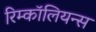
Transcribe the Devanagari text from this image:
रिम्कॉलियन्स